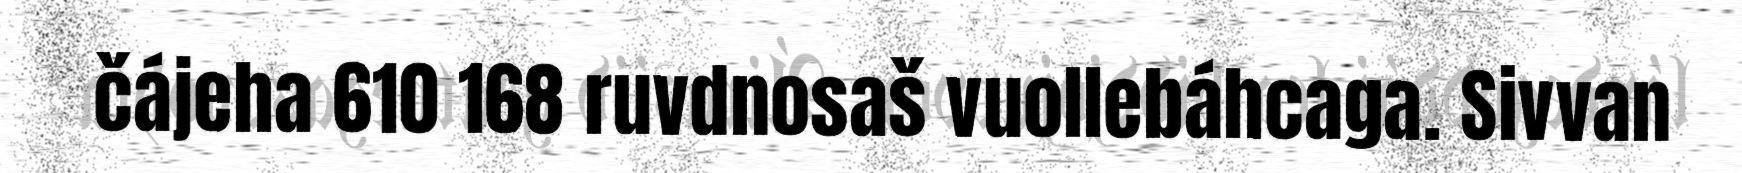
čájeha 610 168 ruvdnosaš vuollebáhcaga. Sivvan